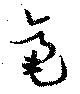
毫